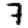
Digit: 7